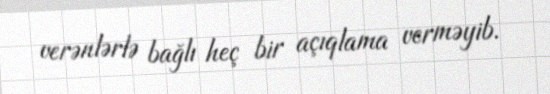
verənlərlə bağlı heç bir açıqlama verməyib.